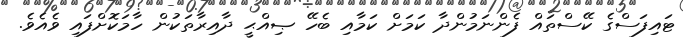
ޓައިފަސްގެ ކޭސްތައް ފެންނަމުންދާ ކަމަށް ކަމާއި ބެހޭ ޞިއްޙީ ދާއިރާތަކުން ހާމަކޮށްފައި ވެއެވެ.